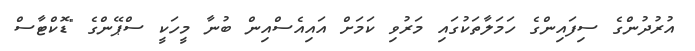
އުރުދުންގެ ސިފައިންގެ ހަމަލާތަކުގައި މަރުވި ކަމަށް އައިއެސްއިން ބުނާ މީހަކީ ސްޕޭންގެ "ޑޮކްޓާސް